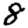
Digit: 8